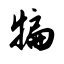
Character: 犏